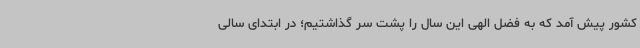
کشور پیش آمد که به فضل الهی این سال را پشت سر گذاشتیم؛ در ابتدای سالی